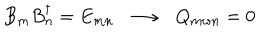
B _ { m } B _ { n } ^ { \dagger } = E _ { m n } \; \; \longrightarrow \; \; Q _ { m w n } = 0